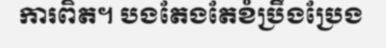
ការពិត។ បងតែងតែខំប្រឹងប្រែង